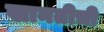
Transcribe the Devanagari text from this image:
खानतीची